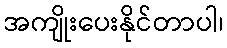
အကျိုးပေးနိုင်တာပါ၊